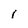
Character: i